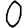
Digit: 0